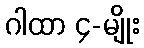
ဂါထာ ၄-မျိုး